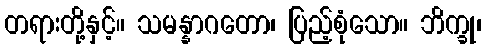
တရားတို့နှင့်။ သမန္နာဂတော၊ ပြည့်စုံသော။ ဘိက္ခု၊